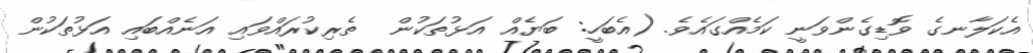
އެކަލާނގެ ވޮޑިގެންވަނީ ކަމެއްގައެވެ. (އެބަހީ: ބަޔެއް އަޅުތަކުން  ތެރިކުރައްވައި އަނެއްބައި އަޅުތަކުން